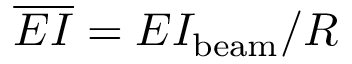
\overline { { E I } } = E I _ { \mathrm { b e a m } } / R